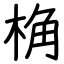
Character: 桷